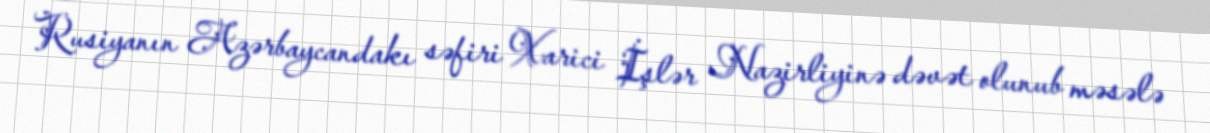
Rusiyanın Azərbaycandakı səfiri Xarici İşlər Nazirliyinə dəvət olunub məsələ